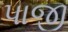
પાજી